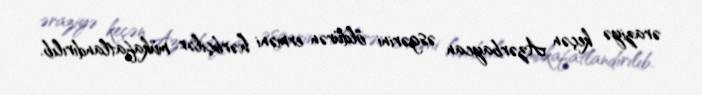
əraziyə keçən Azərbaycan əsgərini öldürən erməni hərbçilər mükafatlandırılıb.